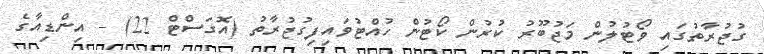
ގުޖުރާތުގައި ވޯޓުލުން މަޖުބޫރު ކުރުން ކޯޓުން ހުއްޓުވައިފިގުޖުރާތު (އޮގަސްޓް 22) - އިންޑިއާގެ